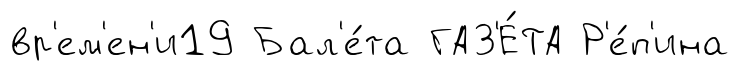
вр'ем'ен'и19 Бал'е́та ГАЗ'Е́ТА Р'е́п'ина